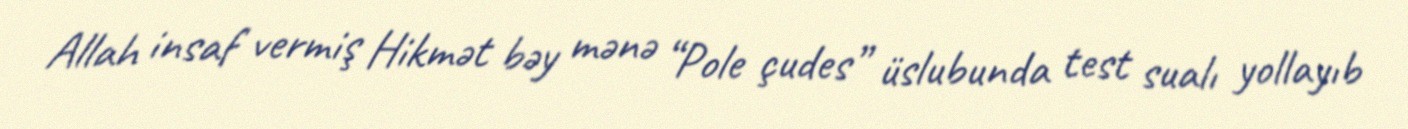
Allah insaf vermiş Hikmət bəy mənə “Pole çudes” üslubunda test sualı yollayıb